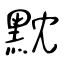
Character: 黕